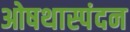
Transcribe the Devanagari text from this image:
ओषथास्पंदन